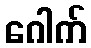
ဂေါက်